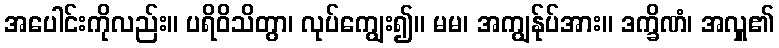
အပေါင်းကိုလည်း။ ပရိဝိသိတွာ၊ လုပ်ကျွေး၍။ မမ၊ အကျွန်ုပ်အား။ ဒက္ခိဏံ၊ အလှူ၏